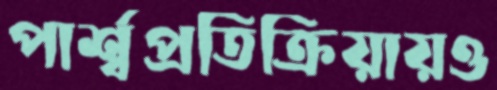
পার্শ্বপ্রতিক্রিয়ায়ও